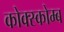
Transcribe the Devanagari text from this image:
कोक्स्कोम्ब